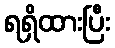
ရရှိထားပြီး